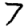
Digit: 7